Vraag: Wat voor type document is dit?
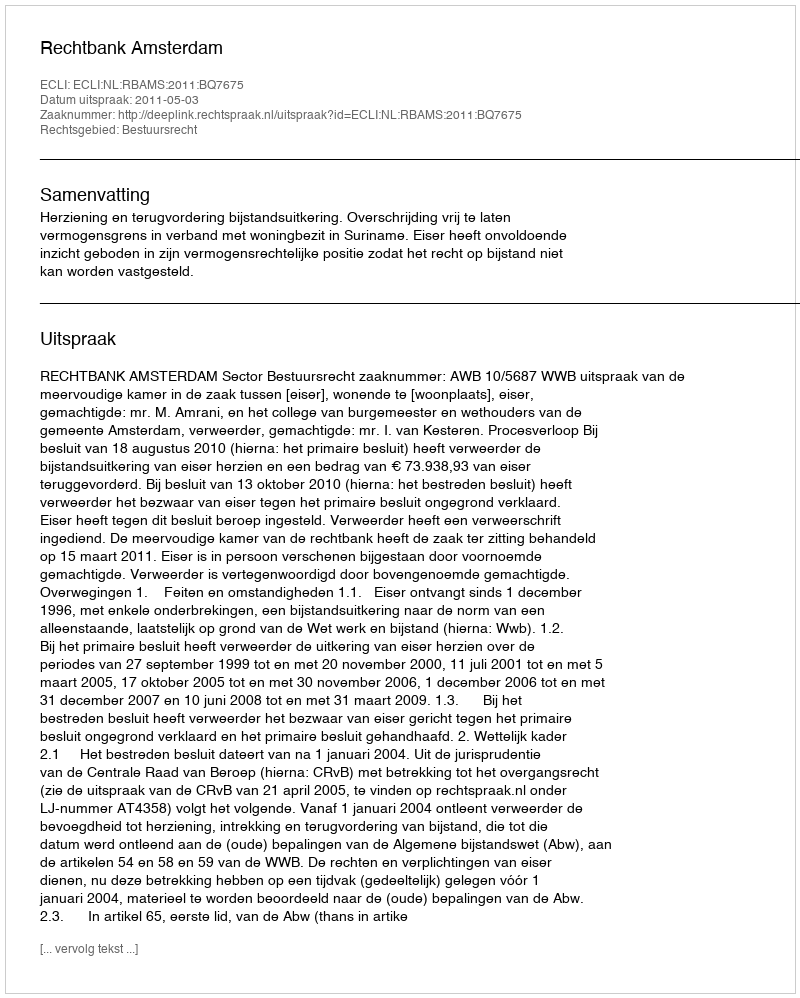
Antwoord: Uitspraak